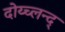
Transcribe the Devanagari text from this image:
दोय्च्लन्द्